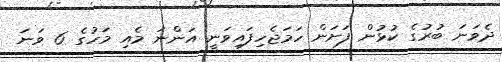
ދެވަނަ ބުރުގެ ކުޅުން ފަށަން ހަމަޖެހިފައިވަނީ އަންނަ މެއި މަހުގެ 6 ވަނަ